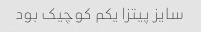
سایز پیتزا یکم کوچیک بود